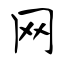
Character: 网